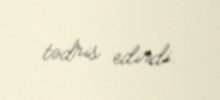
tədris edirdi.